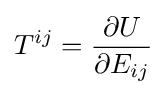
T^{ij}={\frac {\partial U}{\partial E_{ij}}}